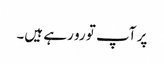
پر آپ تو رو رہے ہیں۔